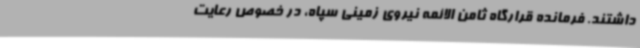
داشتند. فرمانده قرارگاه ثامن الائمه نیروی زمینی سپاه، در خصوص رعایت